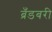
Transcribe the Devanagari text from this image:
ब्रँडबरी